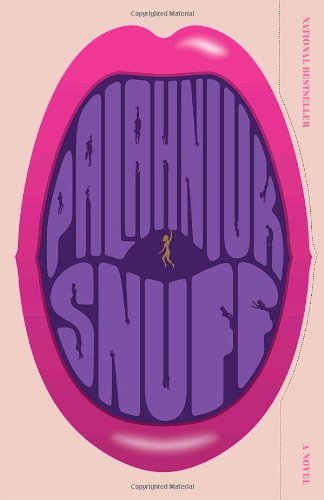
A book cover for Snuff; Chuck Palahniuk; Romance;